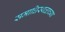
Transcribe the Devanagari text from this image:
समाधिस्थळाच्या